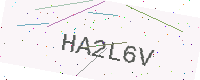
Text: HA2L6V